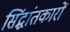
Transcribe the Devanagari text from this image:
सिंद्धांतकारों